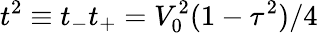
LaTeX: t^{2}\equiv t_{-}t_{+}=V_{0}^{2}(1-\tau^{2})/4